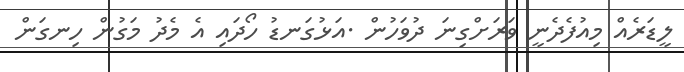
ލީޑަރެއް މިއުފެދެނީ ވަރަށްގިނަ ދުވަހުން .އަޅުގަނޑު ހޯދައި އެ މެދު މަގުން ހިނގަން